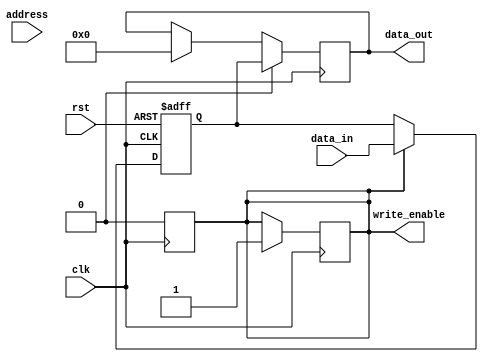
module memory_controller (
  input wire clk,
  input wire rst,
  input wire [31:0] address,
  input wire [31:0] data_in,
  output wire [31:0] data_out,
  output reg write_enable
);

// Address decoder
reg [31:0] mem_address;

always @ (posedge clk or posedge rst)
begin
  if (rst)
    mem_address <= 32'h00000000;
  else
    mem_address <= address;
end

// Data buffer
reg [31:0] data_buffer;

always @ (posedge clk or posedge rst)
begin
  if (rst)
    data_buffer <= 32'h00000000;
  else if (write_enable)
    data_buffer <= data_in;
end

// Write enable signal generator
always @ (posedge clk)
begin
  write_enable <= 1'b0;
end
    
always @ (posedge clk)
begin
  if (some_condition_for_write_enable)
    write_enable <= 1'b1;
end

// Read/write operation controller
always @ (posedge clk)
begin
  if (read_operation)
    data_out <= data_buffer;
  else if (write_operation)
    data_out <= 32'h00000000;
end

endmodule